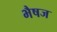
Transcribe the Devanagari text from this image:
भैषज